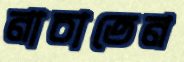
নাচাতেন